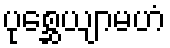
ပုစ္ဆေယျာမဟံ